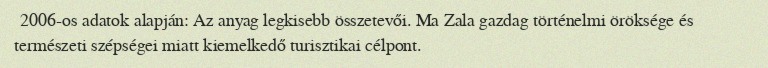
2006-os adatok alapján: Az anyag legkisebb összetevői. Ma Zala gazdag történelmi öröksége és természeti szépségei miatt kiemelkedő turisztikai célpont.